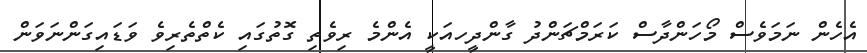
އެހެން ނަމަވެސް މޯހަންދާސް ކަރަމްޗަންދު ގާންދީހއަކީ އެންމެ ރިވެތި ގޮތުގައި ކެތްތެރިވެ ވަޑައިގަންނަވަން